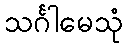
သင်္ဂါမေသုံ